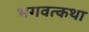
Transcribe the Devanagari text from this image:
भगवत्कथा